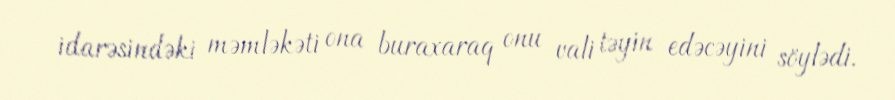
idarəsindəki məmləkəti ona buraxaraq onu vali təyin edəcəyini söylədi.